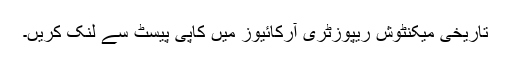
تاریخی میکنٹوش ریپوزٹری آرکائیوز میں کاپی پیسٹ سے لنک کریں۔